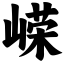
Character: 嵘